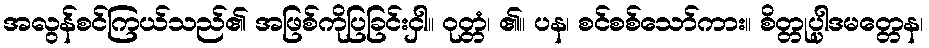
အလွန်စင်ကြယ်သည်၏ အဖြစ်ကိုပြခြင်းငှါ။ ဝုတ္တံ၊ ၏။ ပန၊ စင်စစ်သော်ကား။ စိတ္တုပ္ပါဒမတ္တေန၊